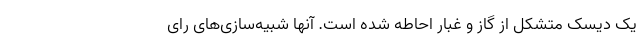
یک دیسک متشکل از گاز و غبار احاطه شده است. آنها شبیه‌سازی‌های رای